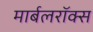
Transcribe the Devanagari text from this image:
मार्बलरॉक्स